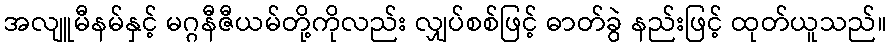
အလျူမီနမ်နှင့် မဂ္ဂနီဇီယမ်တို့ကိုလည်း လျှပ်စစ်ဖြင့် ဓာတ်ခွဲ နည်းဖြင့် ထုတ်ယူသည်။